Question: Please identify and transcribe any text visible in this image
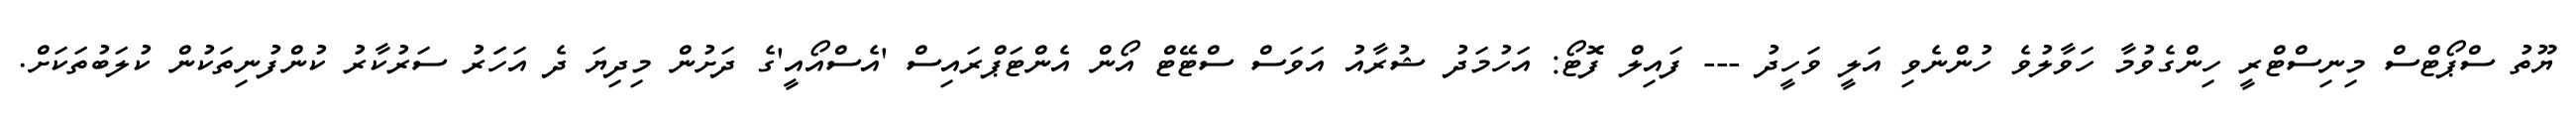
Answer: ޔޫތު ސްޕޯޓްސް މިނިސްޓްރީ ހިންގެވުމާ ހަވާލުވެ ހުންނެވި އަލީ ވަހީދު --- ފައިލް ފޮޓޯ: އަހުމަދު ޝުރާއު އަވަސް ސްޓޭޓް އޯން އެންޓަޕްރައިސް 'އެސްއޯއީ'ގެ ދަށުން މިދިޔަ ދެ އަހަަރު ސަރުކާރު ކުންފުނިތަކުން ކުލަބުތަކަށް.